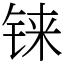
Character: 铼